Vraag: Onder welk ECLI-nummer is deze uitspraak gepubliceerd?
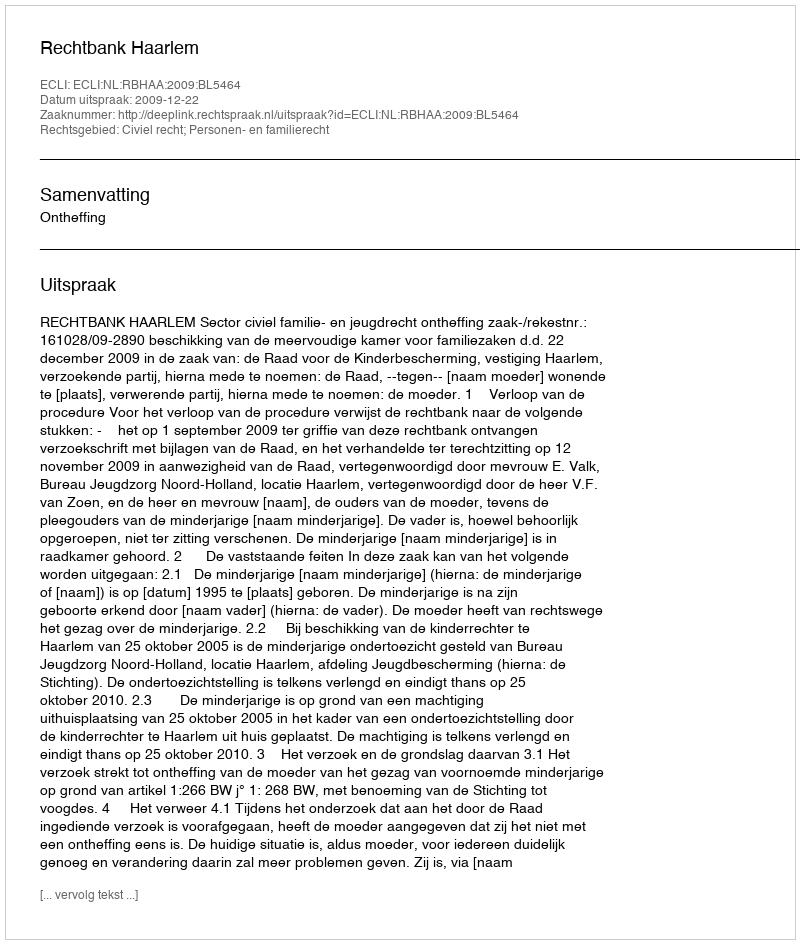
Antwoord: ECLI:NL:RBHAA:2009:BL5464